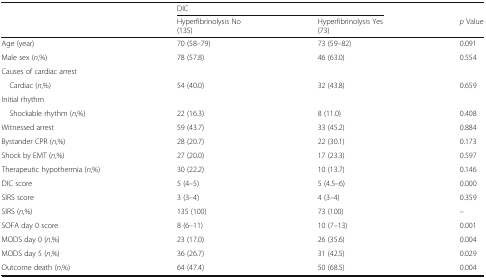
<table><thead><tr><td></td><td colspan="2"><b>DIC</b></td><td></td></tr><tr><td></td><td><b>Hyperfibrinolysis No (135)</b></td><td><b>Hyperfibrinolysis Yes (73)</b></td><td><b><i>p</i> Value</b></td></tr></thead><tbody><tr><td>Age (year)</td><td>70 (58–79)</td><td>73 (59–82)</td><td>0.091</td></tr><tr><td>Male sex (<i>n</i>,%)</td><td>78 (57.8)</td><td>46 (63.0)</td><td>0.554</td></tr><tr><td colspan="4">Causes of cardiac arrest</td></tr><tr><td> Cardiac (<i>n</i>,%)</td><td>54 (40.0)</td><td>32 (43.8)</td><td>0.659</td></tr><tr><td colspan="4">Initial rhythm</td></tr><tr><td> Shockable rhythm (<i>n</i>,%)</td><td>22 (16.3)</td><td>8 (11.0)</td><td>0.408</td></tr><tr><td>Witnessed arrest</td><td>59 (43.7)</td><td>33 (45.2)</td><td>0.884</td></tr><tr><td>Bystander CPR (<i>n</i>,%)</td><td>28 (20.7)</td><td>22 (30.1)</td><td>0.173</td></tr><tr><td>Shock by EMT (<i>n</i>,%)</td><td>27 (20.0)</td><td>17 (23.3)</td><td>0.597</td></tr><tr><td>Therapeutic hypothermia (<i>n</i>,%)</td><td>30 (22.2)</td><td>10 (13.7)</td><td>0.146</td></tr><tr><td>DIC score</td><td>5 (4–5)</td><td>5 (4.5–6)</td><td>0.000</td></tr><tr><td>SIRS score</td><td>3 (3–4)</td><td>4 (3–4)</td><td>0.359</td></tr><tr><td>SIRS (<i>n</i>,%)</td><td>135 (100)</td><td>73 (100)</td><td>–</td></tr><tr><td>SOFA day 0 score</td><td>8 (6–11)</td><td>10 (7–13)</td><td>0.001</td></tr><tr><td>MODS day 0 (<i>n</i>,%)</td><td>23 (17.0)</td><td>26 (35.6)</td><td>0.004</td></tr><tr><td>MODS day 5 (<i>n</i>,%)</td><td>36 (26.7)</td><td>31 (42.5)</td><td>0.029</td></tr><tr><td>Outcome death (<i>n</i>,%)</td><td>64 (47.4)</td><td>50 (68.5)</td><td>0.004</td></tr></tbody></table>